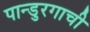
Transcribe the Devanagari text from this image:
पान्डुरगाची